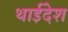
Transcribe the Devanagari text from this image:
थाईदेश